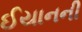
ઈયાનની